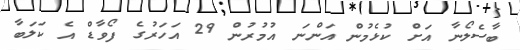
ބާސެލޯނާ އަށް ކުޅެމުން އަންނަ އުމުރުން 29 އަހަރުގެ ފޯވާޑް އެ ކަލަބާ